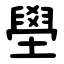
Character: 壆